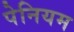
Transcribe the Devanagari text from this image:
पेनियम